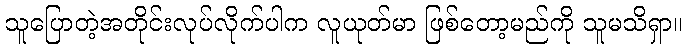
သူပြောတဲ့အတိုင်းလုပ်လိုက်ပါက လူယုတ်မာ ဖြစ်တော့မည်ကို သူမသိရှာ။